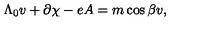
\Lambda _ { 0 } v + \partial \chi - e A = m \cos { \beta } v ,